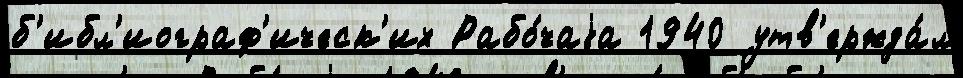
б'ибл'иограф'ическ'их Рабо́чаjа 1940 утв'ержда́л